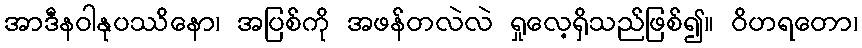
အာဒီနဝါနုပဿိနော၊ အပြစ်ကို အဖန်တလဲလဲ ရှုလေ့ရှိသည်ဖြစ်၍။ ဝိဟရတော၊